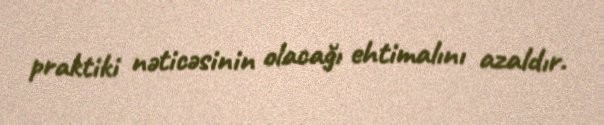
praktiki nəticəsinin olacağı ehtimalını azaldır.